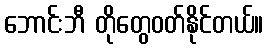
ဘောင်းဘီ တိုတွေဝတ်နိုင်တယ်။